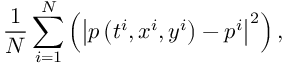
\frac { 1 } { N } \sum _ { i = 1 } ^ { N } \left( \left| p \left( t ^ { i } , x ^ { i } , y ^ { i } \right) - p ^ { i } \right| ^ { 2 } \right) ,